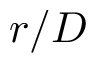
r / D